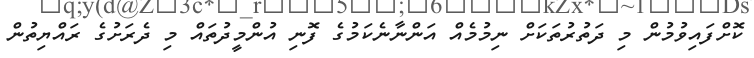
ކޮށްފައިވުމުން މި ދަތުރުތަކަށް ނިމުމެއް އަންނާނެކަމުގެ ފޮނި އުންމީދުތައް މި ދެރަށުގެ ރައްޔިތުން